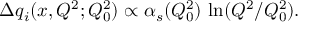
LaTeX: \Delta q _ { i } ( x , Q ^ { 2 } ; Q _ { 0 } ^ { 2 } ) \propto \alpha _ { s } ( Q _ { 0 } ^ { 2 } ) \, \ln ( Q ^ { 2 } / Q _ { 0 } ^ { 2 } ) .